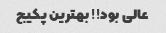
عالی بود!! بهترین پکیج